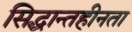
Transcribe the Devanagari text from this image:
सिद्धान्तहीनता